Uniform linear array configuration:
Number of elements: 16
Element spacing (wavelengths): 0.25
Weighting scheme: kaiser
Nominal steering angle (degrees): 15
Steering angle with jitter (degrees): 13.697
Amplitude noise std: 0.05
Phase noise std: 0.05

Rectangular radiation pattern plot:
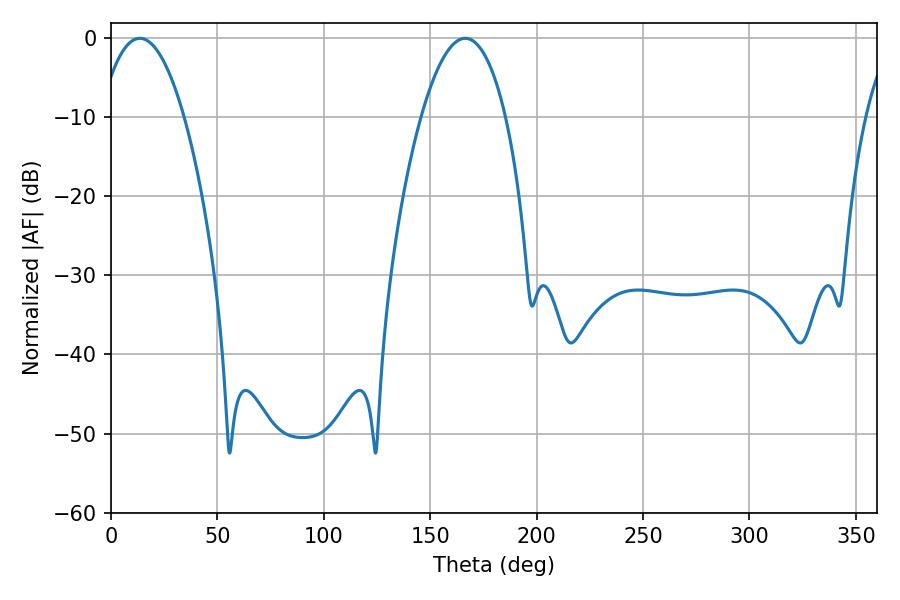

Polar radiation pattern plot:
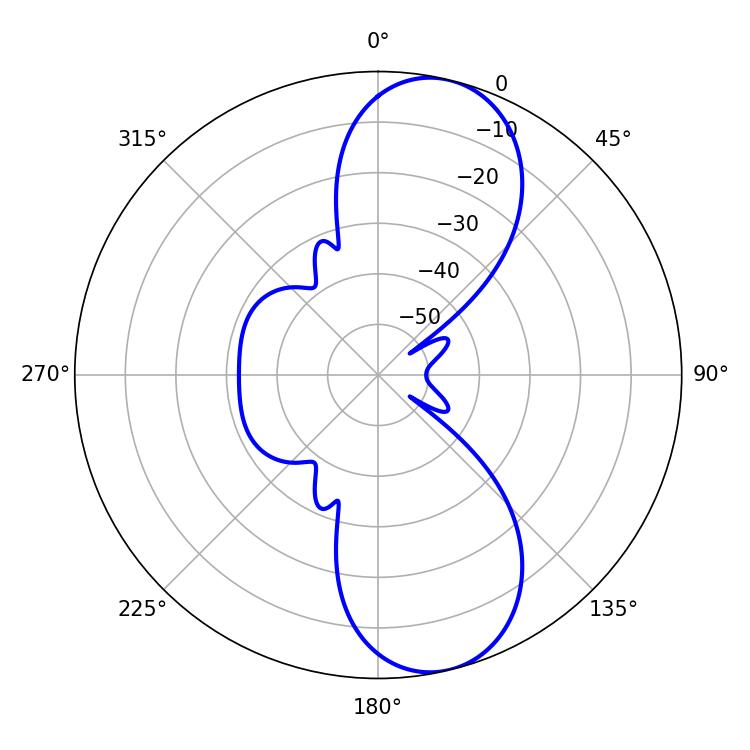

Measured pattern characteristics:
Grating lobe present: FALSE
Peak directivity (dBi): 10.079
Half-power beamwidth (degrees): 21.96
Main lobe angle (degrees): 13.5